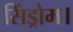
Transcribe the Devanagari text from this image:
सिंड्रोम।